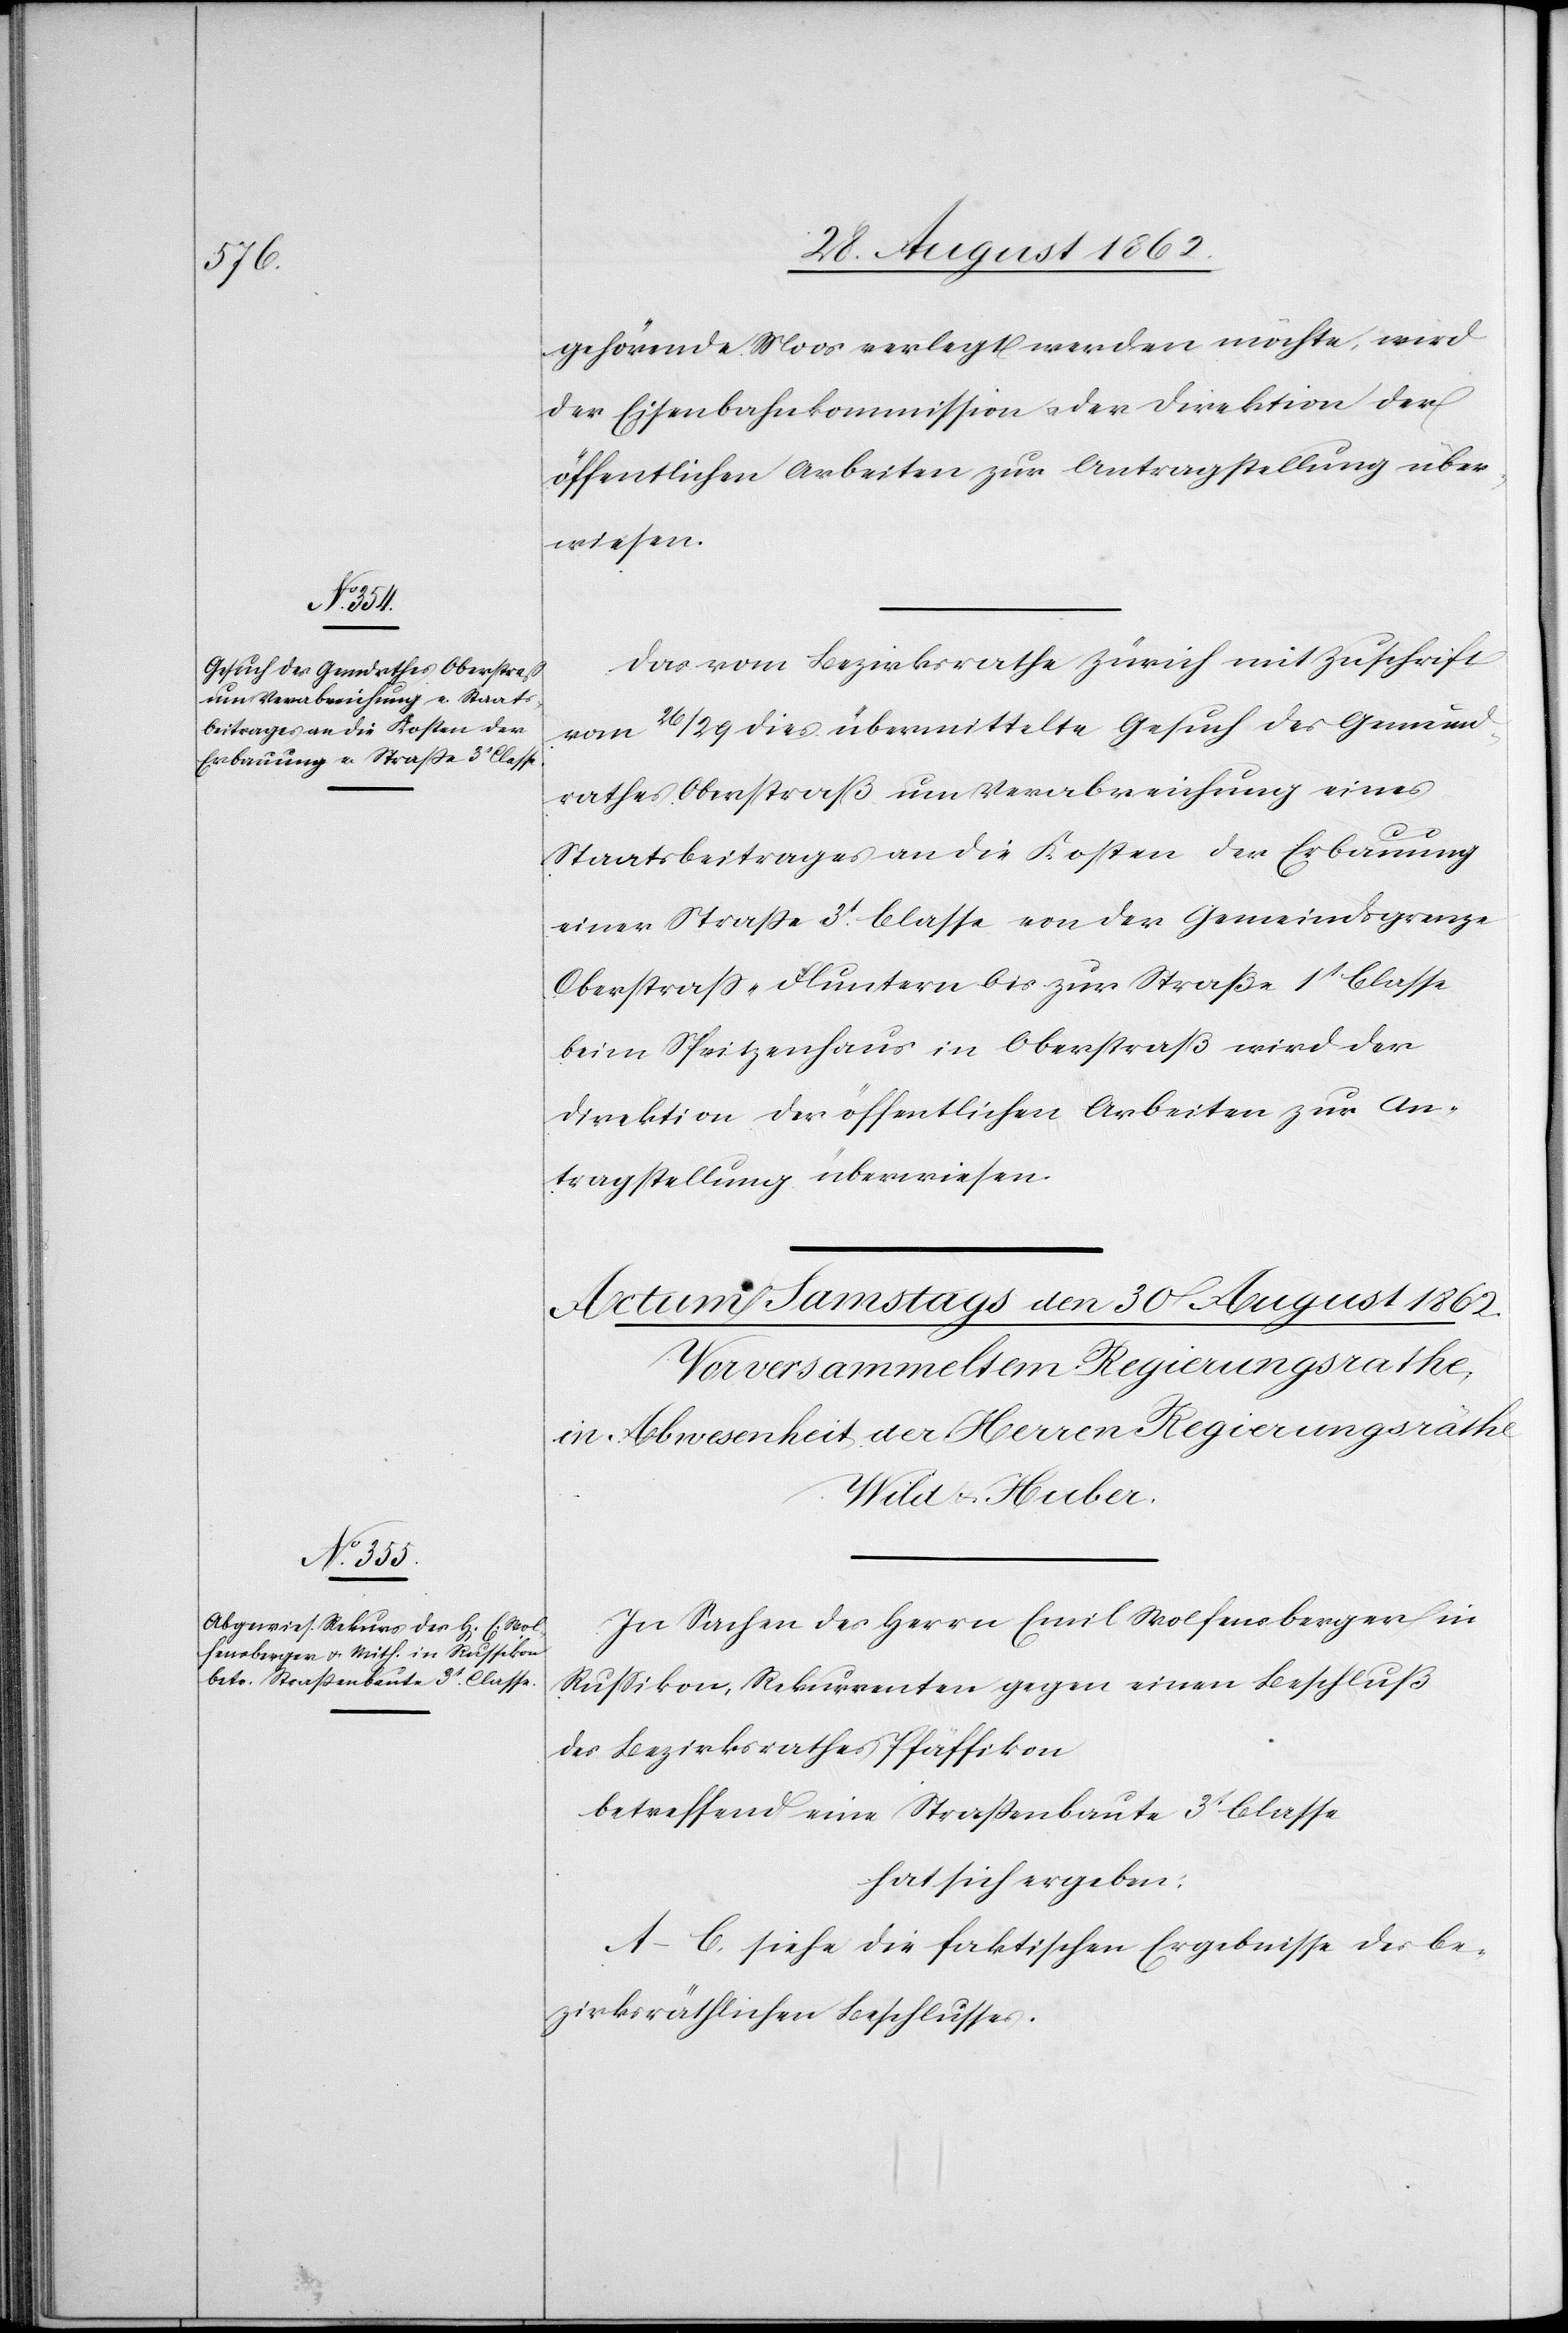
29. August 1862.]
gehörende Moos verlegt werden möchte, wird
der Eisenbahnkommission u. der Direktion der
öffentlichen Arbeiten zur Antragstellung über¬
wiesen.
Das vom Bezirksrathe Zürich mit Zuschrift
vom 26/29. dies übermittelte Gesuch des Gemeind¬
rathes Oberstraß um Verabreichung eines
Staatsbeitrages an die Kosten der Erbauung
einer Straße 3t Classe von der Gemeindsgrenze
Oberstraß-Fluntern bis zur Straße 1t Classe
beim Spritzenhaus in Oberstraß wird der
Direktion der öffentlichen Arbeiten zur An¬
tragstellung überwiesen.
In Sachen des Herrn Emil Wolfensberger in
Rußikon, Rekurrenten gegen einen Beschluß
des Bezirksrathes Pfäffikon
betreffend eine Straßenbaute 3t Classe
hat sich ergeben:
A–C. siehe die faktischen Ergebnisse des be¬
zirksräthlichen Beschlusses.